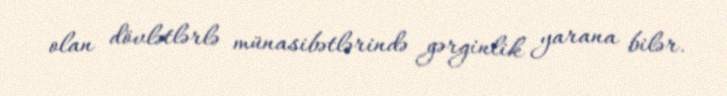
olan dövlətlərlə münasibətlərində gərginlik yarana bilər.